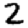
Digit: 2